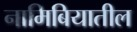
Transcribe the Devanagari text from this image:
नामिबियातील